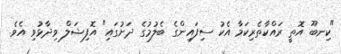
"ކިނބޫ އޮތީ ރައްކާތެރިކަމާ އެކު ސިފައިންގެ ބެލުމުގެ ދަށުގައި" އޮފިޝަލް ވިދާޅުވި އެވެ.